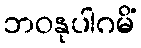
ဘဝနုပါဂမိံ